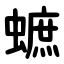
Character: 蟅